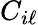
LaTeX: C_{i\ell}